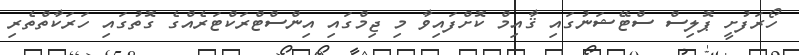
ހޯރަފުށީ ޕޮލިސް ސްޓޭޝަނުގައި ޤާއިމް ކޮށްފައިވާ މި ޖިމްގައި އިންސްޓްރަކްޓަރެއްގެ ގޮތުގައި ހަރަކާތްތެރި